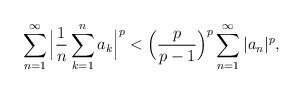
\begin{align*}{}&\displaystyle\sum_{n=1}^{\infty}\Big|\frac{1}{n}\sum_{k=1}^{n}a_{k}\Big|^{p}<\Big(\frac{p}{p-1}\Big)^{p}\displaystyle\sum_{n=1}^{\infty}|a_{n}|^{p},\end{align*}